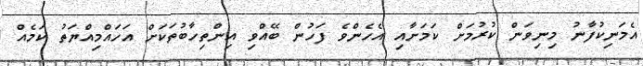
އެމަނިކުފާނު މިނިވަން ކުރުމަށް ކަމަށާއި އެހެންވެ ފަހުން ބޭއްވި އިންތިހާބުތަކަށް އަހައްމިއްޔަތު ކަމެއް